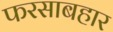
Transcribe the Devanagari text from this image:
फरसाबहार